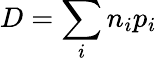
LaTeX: D=\sum_{i}n_{i}p_{i}